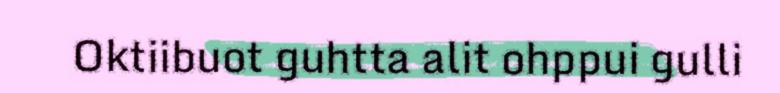
Oktiibuot guhtta alit ohppui gulli